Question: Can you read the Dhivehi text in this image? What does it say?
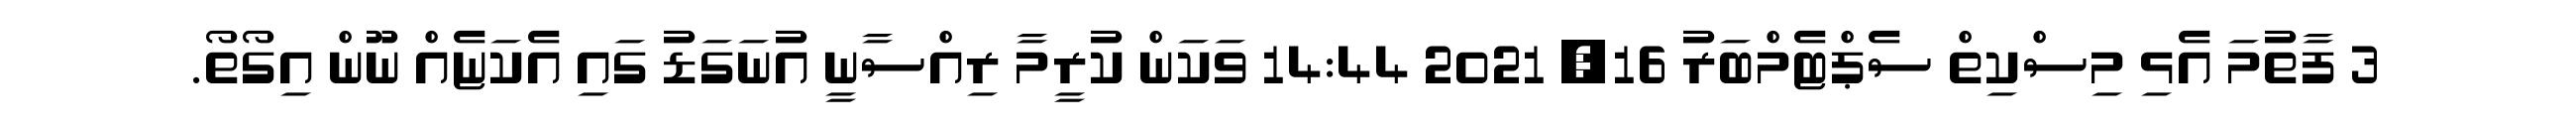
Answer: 3 ފާތުމަ އެޅި މިސްކިތް ސެޕްޓެމްބަރު 16, 2021 14:44 ވަކަން ކުރީމާ ރިއްސާނީ އުނަގަޑު ގައި އެކަޏެއް ނޫން އިގޯތޯ.